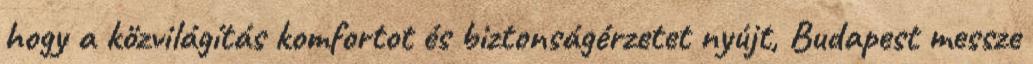
hogy a közvilágítás komfortot és biztonságérzetet nyújt, Budapest messze